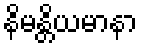
နိမန္တိယမာနာ